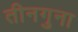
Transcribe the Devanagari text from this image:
तीनगुना